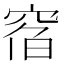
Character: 𥦇